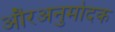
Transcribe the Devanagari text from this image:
औरअनुमोदक